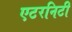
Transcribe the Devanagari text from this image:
एटरनिटी